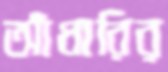
আঁধারির